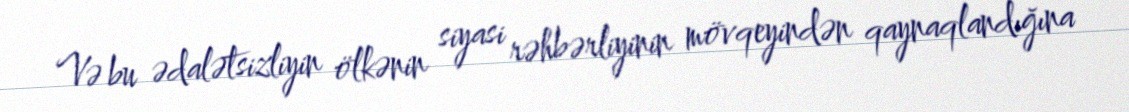
Və bu ədalətsizliyin ölkənin siyasi rəhbərliyinin mövqeyindən qaynaqlandığına